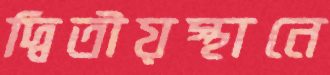
দ্বিতীয়স্থানে